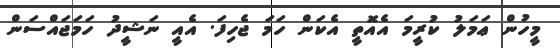
މީހުން ޢަމަލު ކުރީމަ އެއޮތީ އެކަން ހަމަ ޖެހިފަ. އެއީ ނަޝީދު ހަމަޖައްސަން